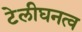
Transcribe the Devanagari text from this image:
टेलीघनत्व